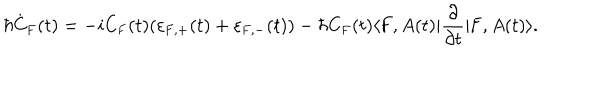
LaTeX: \hbar \dot { \mathrm { C } } _ { \mathrm { F } } ( t ) = - i \mathrm { C } _ { \mathrm { F } } ( t ) ( \varepsilon _ { \mathrm { F } , + } ( t ) + \varepsilon _ { \mathrm { F } , - } ( t ) ) - \hbar \mathrm { C } _ { \mathrm { F } } ( t ) \langle \mathrm { F } , A ( t ) | \frac { \partial } { \partial t } | \mathrm { F } , A ( t ) \rangle .